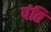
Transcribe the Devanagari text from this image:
पंति